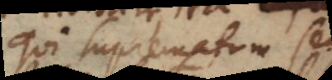
qui suprematum seu